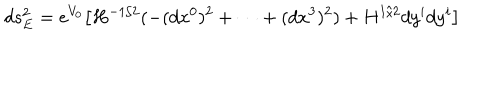
LaTeX: d s _ { E } ^ { 2 } = e ^ { V _ { 0 } } \big [ H ^ { - 1 / 2 } ( - ( d x ^ { 0 } ) ^ { 2 } + \cdots + ( d x ^ { 3 } ) ^ { 2 } ) + H ^ { 1 / 2 } d y ^ { i } d y ^ { i } \big ]